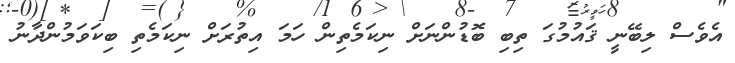
އެވެސް ލިބޭނީ ޤައުމުގަ ތިބި ބޮޑުންނަށް ނިކަމެތިން ހަމަ އިތުރަށް ނިކަމެތި ބިކަވަމުންދާނު